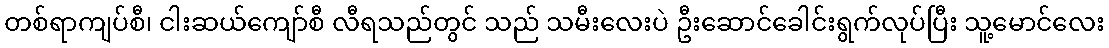
တစ်ရာကျပ်စီ၊ ငါးဆယ်ကျော်စီ လီရသည်တွင် သည် သမီးလေးပဲ ဦးဆောင်ခေါင်းရွက်လုပ်ပြီး သူ့မောင်လေး